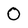
Character: 0